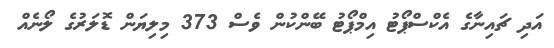
އަދި ޗައިނާގެ އެކްސްޕޯޓު އިމްޕޯޓު ބޭންކުން ވެސް 373 މިލިޔަން ޑޮލަރުގެ ލޯނެއް